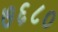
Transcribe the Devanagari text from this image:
७६८०